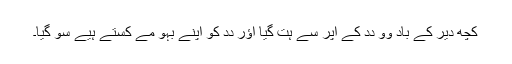
کُچھ دیر کے باد وو دِدِ کے اُپر سے ہت گیا اؤر دِدِ کو اَپنے بہو مے کستے ہُیے سو گیا۔